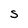
Character: S